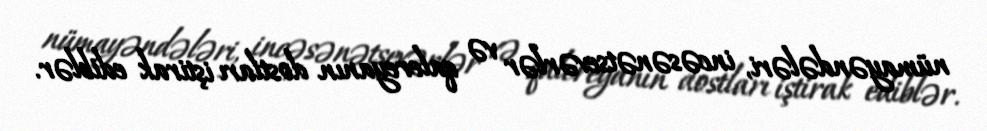
nümayəndələri, incəsənətsevərlər və qalereyanın dostları iştirak ediblər.